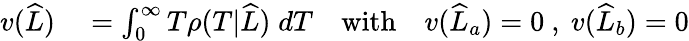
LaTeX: \begin{array}{rl}{v(\widehat{L})}&{{}=\int_{0}^{\infty}T\rho(T|\widehat{L})\; dT\quad\mathrm{with}\quad v(\widehat{L}_{a})=0\ ,\ v(\widehat{L}_{b})=0}\end{array}